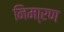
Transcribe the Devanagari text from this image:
निमा्रण